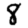
Digit: 8